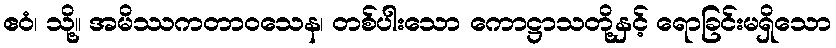
ဧဝံ၊ သို့။ အမိဿကတာဝသေန၊ တစ်ပါးသော ကောဋ္ဌာသတို့နှင့် ရောခြင်းမရှိသော